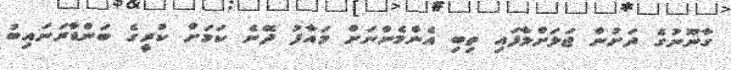
ގާނޫނުގެ ދަށުން ޖަލަށްލާފައި ތިބި އެންމެންނަށް މައާފު ދޭނެ ކަމަށް ކުރީގެ ބަންޑާރަނައިބު